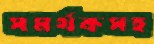
সমর্থকসহ